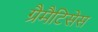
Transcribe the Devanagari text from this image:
ग्रैमैटिसेस